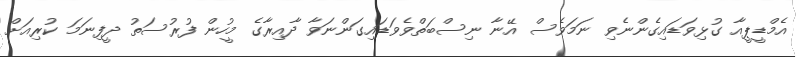
އެމްޑީޕީއާ ގުޅިވަޑައިގެންނެވި ނަމަވެސް އޭނާ ނިސްބަތްވެވަޑައިގަންނަވާ ދާއިރާގެ މީހުން ފުރުސަތު ދީފިނަމަ ކުރިއަށް